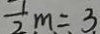
\frac { 1 } { 2 } m = 3 .